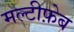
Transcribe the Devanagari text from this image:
मल्टीफ़ेब